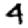
Digit: 4